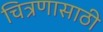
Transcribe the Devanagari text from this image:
चित्रणासाठी